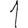
Digit: 1